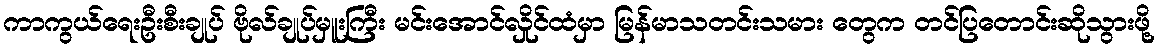
ကာကွယ်ရေးဦးစီးချုပ် ဗိုလ်ချုပ်မှူးကြီး မင်းအောင်လှိုင်ထံမှာ မြန်မာသတင်းသမား တွေက တင်ပြတောင်းဆိုသွားဖို့